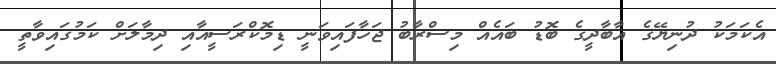
އެކަމަކު ދުނިޔޭގެ އާބާދީގެ ބޮޑު ބައެއް މިސްރާބު ޖަހާފައިވަނީ ޑިމޮކްރަސީއާއި ދިމާލަށް ކަމުގައިވާތީ